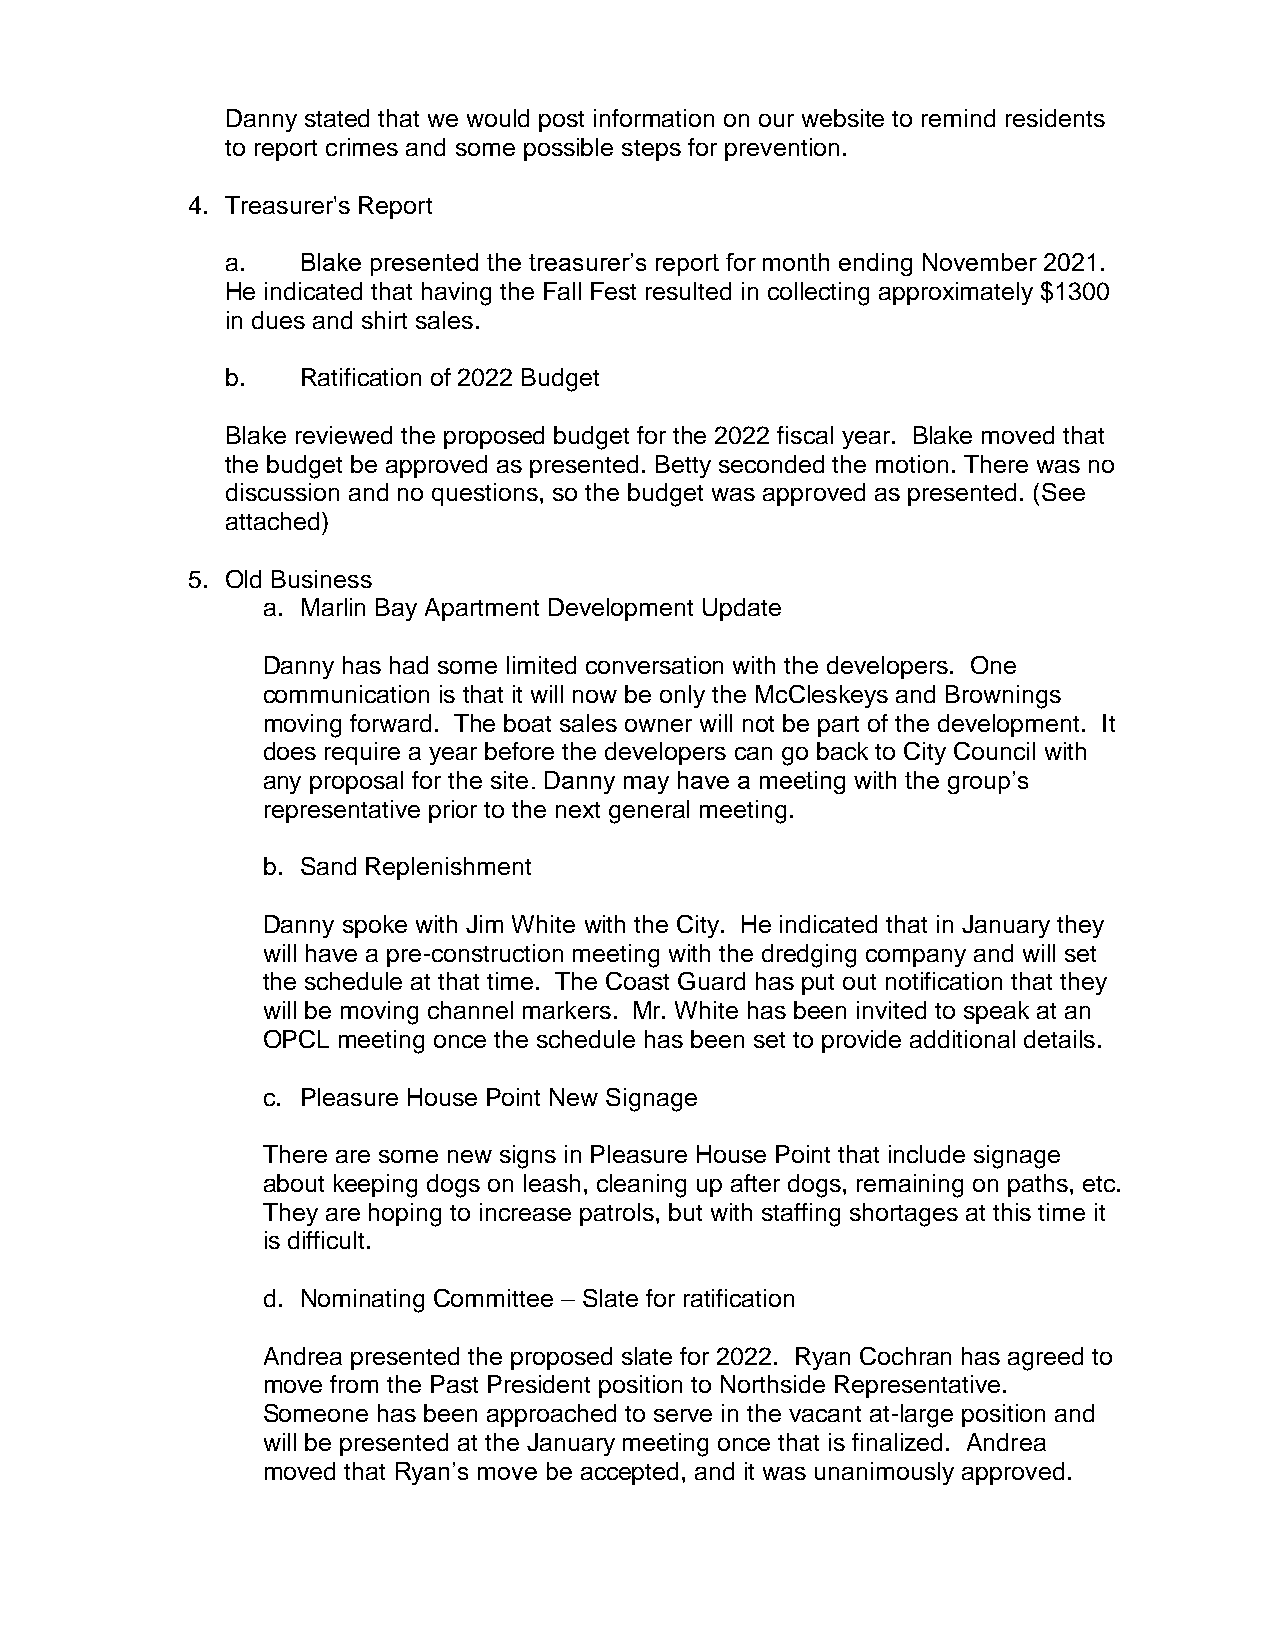
Danny stated that we would post information on our website to remind residents
 to report crimes and some possible steps for prevention.
 4. Treasurer's Report
 a.   Blake presented the treasurer’s report for month ending November 2021.
 He indicated that having the Fall Fest resulted in collecting approximately $1300
 in dues and shirt sales.
 b.   Ratification of 2022 Budget
 Blake reviewed the proposed budget for the 2022 fiscal year. Blake moved that
 the budget be approved as presented. Betty seconded the motion. There was no
 discussion and no questions, so the budget was approved as presented. (See
 attached)
 5. Old Business
 a. Marlin Bay Apartment Development Update
 Danny has had some limited conversation with the developers. One
 communication is that it will now be only the McCleskeys and Brownings
 moving forward. The boat sales owner will not be part of the development. It
 does require a year before the developers can go back to City Council with
 any proposal for the site. Danny may have a meeting with the group’s
 representative prior to the next general meeting.
 b. Sand Replenishment
 Danny spoke with Jim White with the City. He indicated that in January they
 will have a pre-construction meeting with the dredging company and will set
 the schedule at that time. The Coast Guard has put out notification that they
 will be moving channel markers. Mr. White has been invited to speak at an
 OPCL meeting once the schedule has been set to provide additional details.
 c. Pleasure House Point New Signage
 There are some new signs in Pleasure House Point that include signage
 about keeping dogs on leash, cleaning up after dogs, remaining on paths, etc.
 They are hoping to increase patrols, but with staffing shortages at this time it
 is difficult.
 d. Nominating Committee – Slate for ratification
 Andrea presented the proposed slate for 2022. Ryan Cochran has agreed to
 move from the Past President position to Northside Representative.
 Someone has been approached to serve in the vacant at-large position and
 will be presented at the January meeting once that is finalized. Andrea
 moved that Ryan’s move be accepted, and it was unanimously approved.